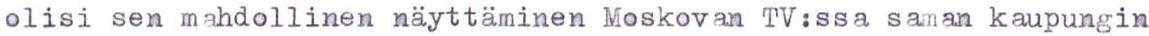
olisi sen mahdollinen näyttäminen Moskovan TV:ssa saman kaupungin